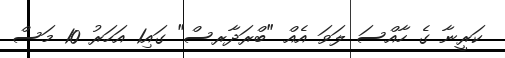
ކަރީނާ ގެ ހާއްސަ ލަވަ އެއް "ބްރަދާރސް" ގައި1 އަހަރު 10 މަސް